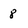
Character: 8